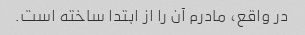
در واقع، مادرم آن را از ابتدا ساخته است.